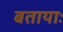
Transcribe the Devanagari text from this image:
बतायाः